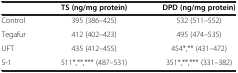
<table><thead><tr><td><b> </b></td><td><b>TS (ng/mg protein)</b></td><td><b>DPD (ng/mg protein)</b></td></tr></thead><tbody><tr><td>Control</td><td>395 (386–425)</td><td>532 (511–552)</td></tr><tr><td>Tegafur</td><td>412 (402–423)</td><td>495 (474–535)</td></tr><tr><td>UFT</td><td>435 (412–455)</td><td>454*,** (431–472)</td></tr><tr><td>S-1</td><td>511*,**,*** (487–531)</td><td>351*,**,*** (331–382)</td></tr></tbody></table>